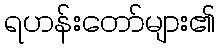
ရဟန်းတော်များ၏